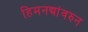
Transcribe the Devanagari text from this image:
हिमनद्यांवरुन